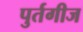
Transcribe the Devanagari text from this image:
पुर्तगीज